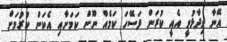
އޭނާ ވިދާޅުވީ އެއީ ކުރަން ފަސޭހަ ކަމެއް ނޫން ކަމަށާއި އެކަން ކުރުމަށް